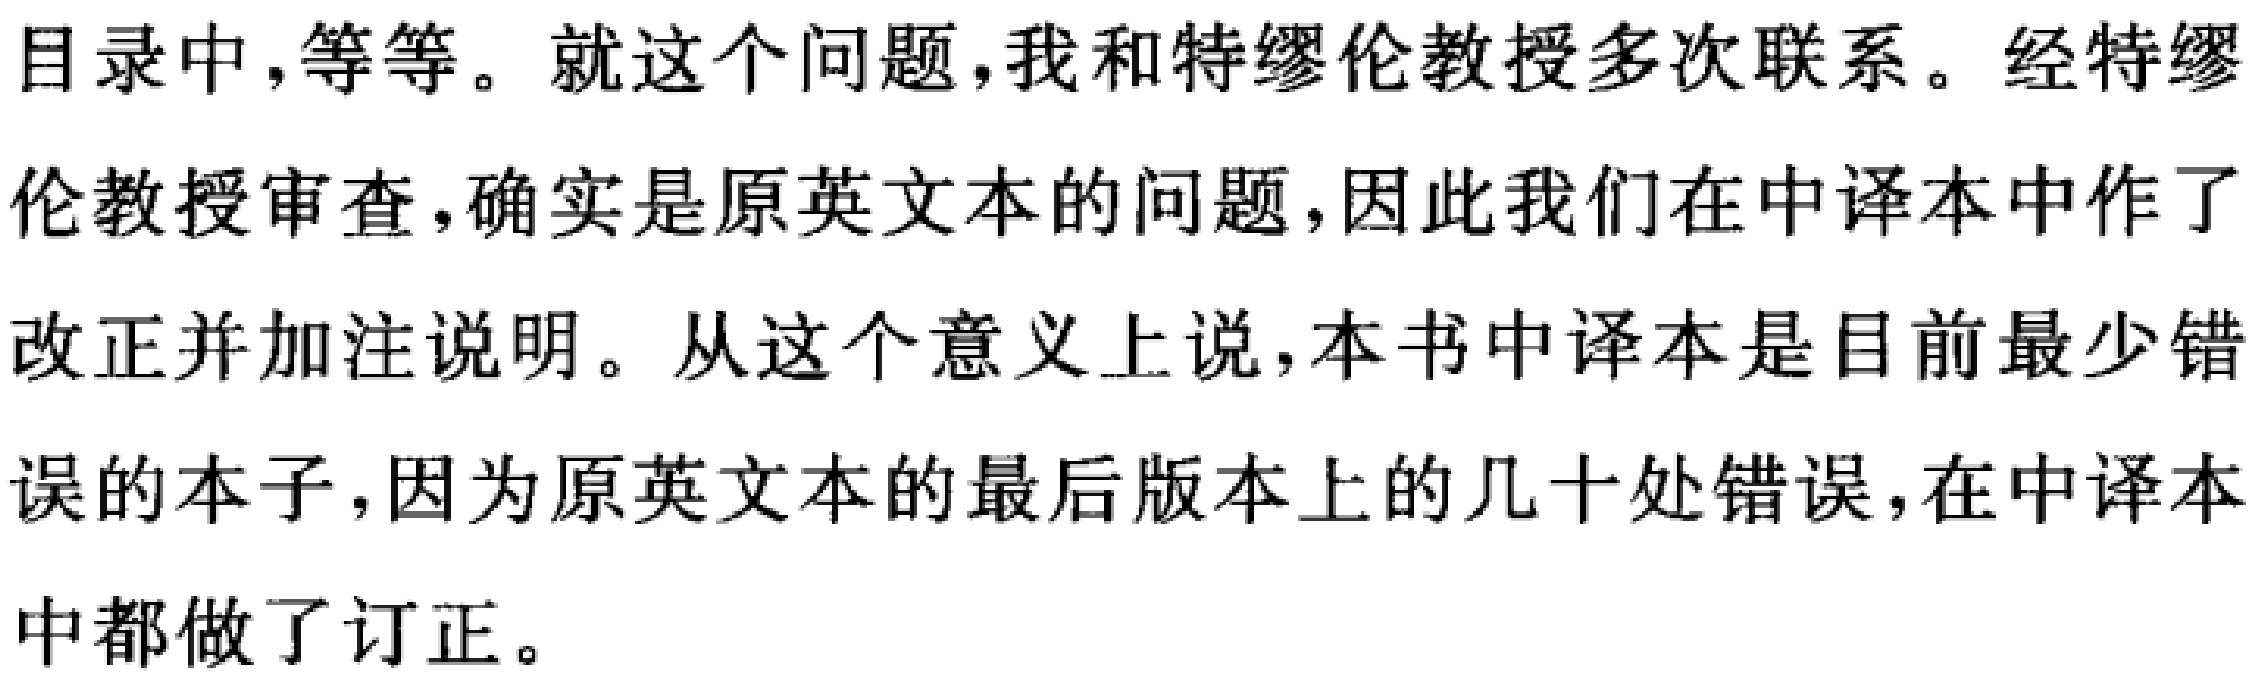
目录中,等等。就这个问题,我和特缪伦教授多次联系。经特缪伦教授审查,确实是原英文本的问题,因此我们在中译本中作了改正并加注说明。从这个意义上说,本书中译本是目前最少错误的本子,因为原英文本的最后版本上的几十处错误,在中译本中都做了订正。